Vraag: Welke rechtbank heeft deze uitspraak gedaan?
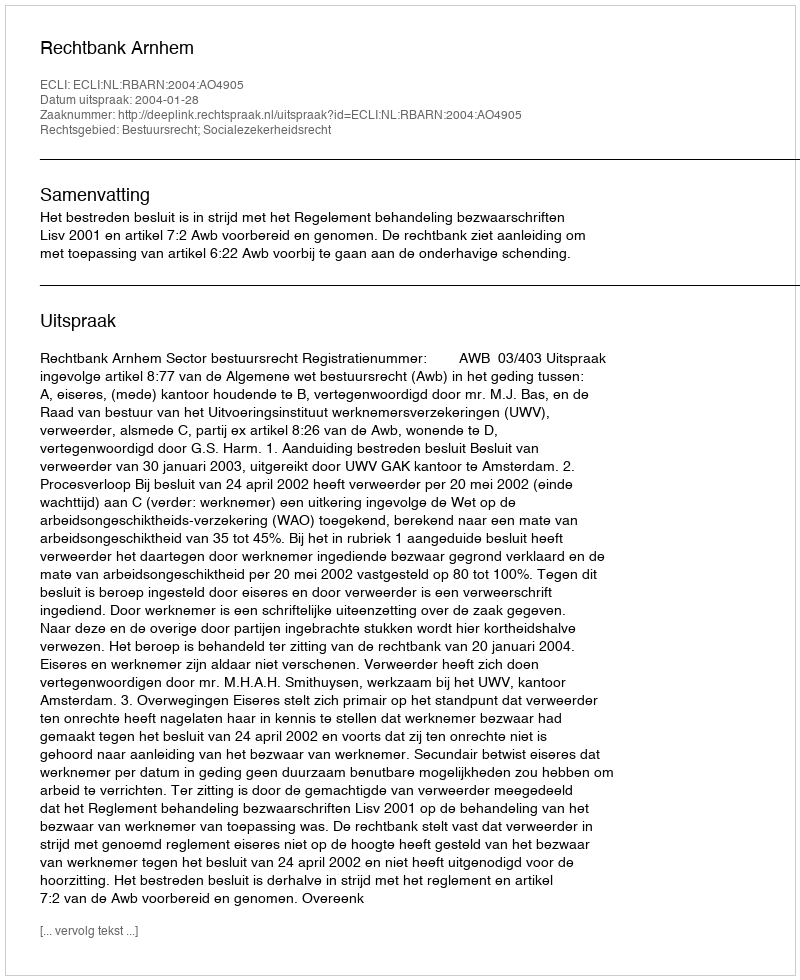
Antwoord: Rechtbank Arnhem